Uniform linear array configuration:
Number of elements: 64
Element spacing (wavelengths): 0.75
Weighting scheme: uniform
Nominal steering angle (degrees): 60
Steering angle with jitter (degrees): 59.506
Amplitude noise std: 0.05
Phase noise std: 0.05

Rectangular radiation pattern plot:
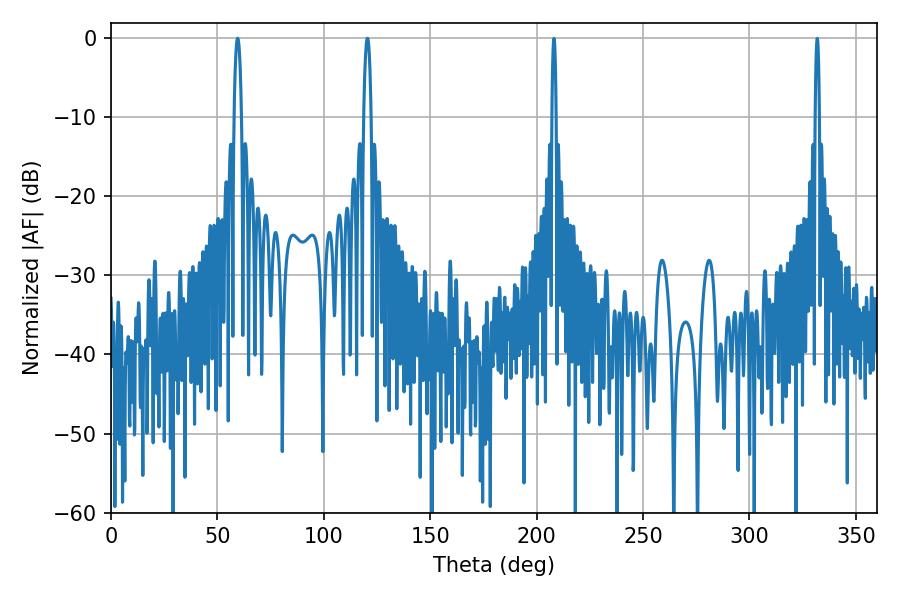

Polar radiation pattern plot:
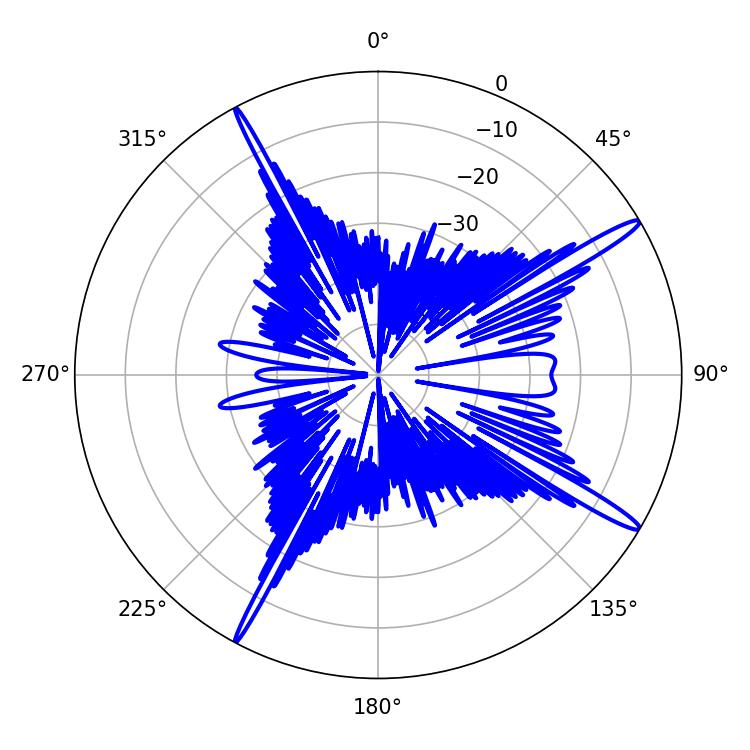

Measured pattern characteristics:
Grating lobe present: TRUE
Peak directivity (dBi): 16.122
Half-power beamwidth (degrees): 1.98
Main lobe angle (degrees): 120.42